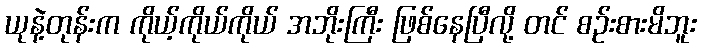
ယုနဲ့တုန်းက ကိုယ့်ကိုယ်ကိုယ် အဘိုးကြီး ဖြစ်နေပြီလို့ တင် စဉ်းစားမိဘူး